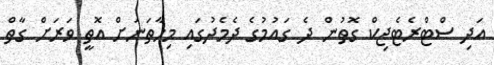
އަދި ސްޓްރެޓެޖިކް ގޮތުން ދެ ގައުމުގެ ދެމެދުގައި މިހާތަނަށް އޮތީ ވަރަށް ގާތް